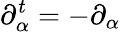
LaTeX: \partial_{\alpha}^{t}=-\partial_{\alpha}